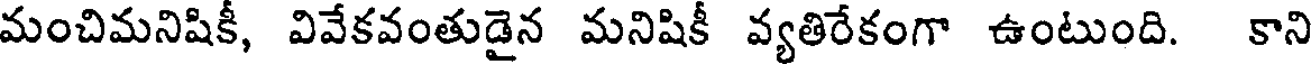
మంచిమనిషికీ, వివేకవంతుడైన మనిషికీ వ్యతిరేకంగా ఉంటుంది. కాని